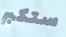
ستكبر